Lunatic asylums Central Provinces reports 1895-1909 - 1895-1909
Year: 1895
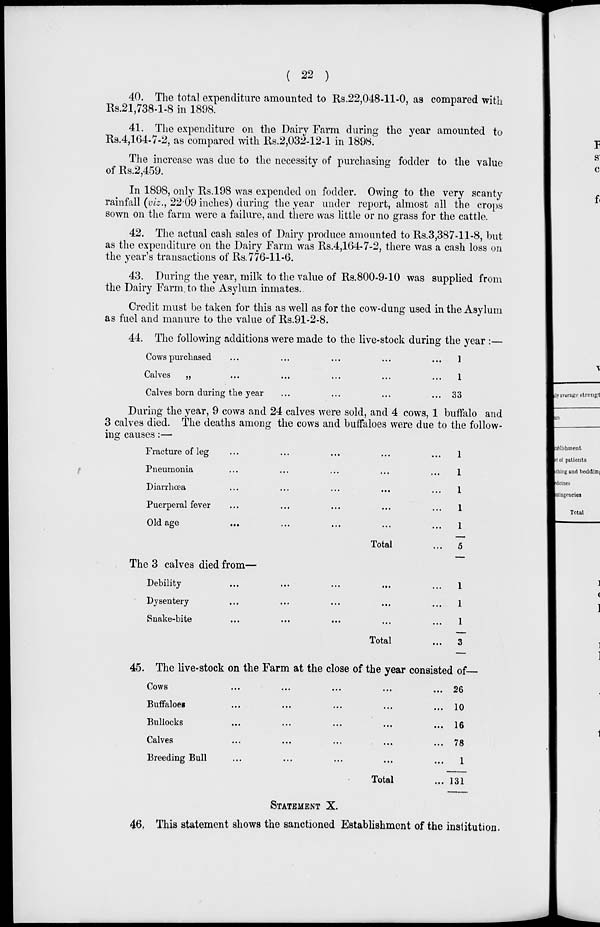
( 22 )
40. The total expenditure amounted to Rs.22,048-11-0, as compared with
Rs.21,738-1-8 in 1898.
41. The expenditure on the Dairy Farm during the year amounted to
Rs.4,164-7-2, as compared with Rs.2,032-12-1 in 1898.
The increase was due to the necessity of purchasing fodder to the value
of Rs.2,459.
In 1898, only Rs.198 was expended on fodder. Owing to the very scanty
rainfall (viz., 22.09 inches) during the year under report, almost all the crops
sown on the farm were a failure, and there was little or no grass for the cattle.
42. The actual cash sales of Dairy produce amounted to Rs.3,387-11-8, but
as the expenditure on the Dairy Farm was Rs.4,164-7-2, there was a cash loss on
the year's transactions of Rs. 776-11-6.
43. During the year, milk to the value of Rs.800-9-10 was supplied from
the Dairy Farm, to the Asylum inmates.
Credit must be taken for this as well as for the cow-dung used in the Asylum
as fuel and manure to the value of Rs.91-2-8.
44. The following additions were made to the live-stock during the year :—
Cows purchased ... ... ... ... ...
Calves
„ ... ... ... ... ...
Calves born during the year ... ... ... ...
1
1
33
During the year, 9 cows and 24 calves were sold, and 4 cows, 1 buffalo and
3 calves died. The deaths among the cows and buffaloes were due to the follow-
ing causes:—
Fracture of leg ... ... ... ... ...
Pneumonia ... ... ... ... ...
Diarrhœa ... ... ... ... ...
Puerperal fever ... ... ... ... ...
Old age ... ... ... ... ...
Total ...
1
1
1
1
1
5
The 3 calves died from—
Debility ... ... ... ... ...
Dysentery ... ... ... ... ...
Snake-bite ... ... ... ... ...
Total ...
1
1
1
3
45. The live-stock on the Farm at the close of the year consisted of—
Cows ... ... ... ... ...
Buffaloes ... ... ... ... ...
Bullocks ... ... ... ... ...
Calves
...
...
...
...
...
Breeding Bull ... ... ... ... ...
Total ...
26
10
16
78
1
131
STATEMENT X.
46, This statement shows the sanctioned Establishment of the institution.